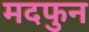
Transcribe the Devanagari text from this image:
मदफुन